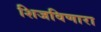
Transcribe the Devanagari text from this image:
शिजविणारा